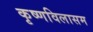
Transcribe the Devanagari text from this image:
कृष्णविलासम